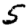
Digit: 5